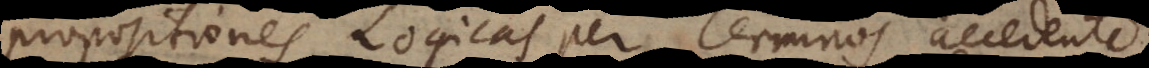
propositiones Logicas per Terminos accedente